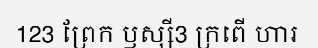
123 ព្រែក ឫស្សី3 ក្រពើ ហារ